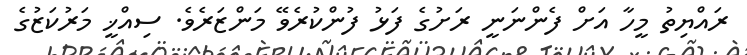
ރައްޔިތު މީހާ އަށް ފެންނަނީ ރަށުގެ ފަޅު ފުންކުރެވޭ މަންޒަރެވެ. ސިއްޚީ މަރުކަޒުގެ